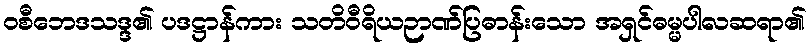
ဝစီဘေဒသဒ္ဒ၏ ပဒဋ္ဌာန်ကား သတိဝီရိယဉာဏ်ပြဓာန်းသော အရှင်ဓမ္မပါလဆရာ၏